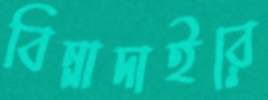
বিন্নাদাইরে